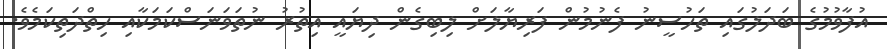
އުފާވުމުގެ ބަދަލުގައި ތަހުސީނު ފެނުމުން ފަރިޔާލަށް ލިބިގެން ދިޔައީ އިތުރު ނުތަވަނަސްކަމަކާއި ހިތްދަތިކަމެވެ.